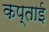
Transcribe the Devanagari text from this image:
कप्ताई